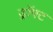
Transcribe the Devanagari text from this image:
ड्रॉफ्ट